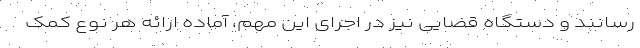
رسانند و دستگاه قضایی نیز در اجرای این مهم، آماده ارائه هر نوع کمک